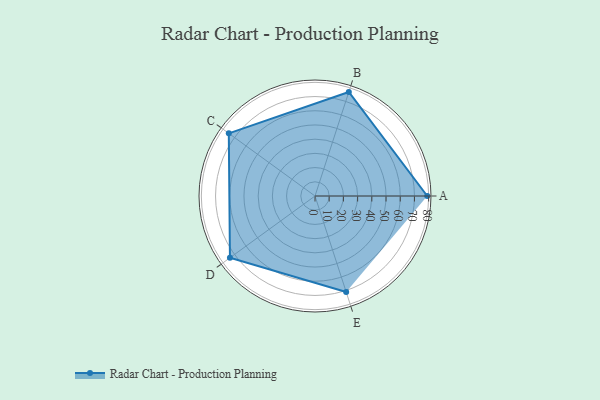
{"axis": {"x": "Skill", "y": "Score"}, "legend": ["Profile"], "data": [{"x": "A", "y": 79.0, "type": "Profile"}, {"x": "B", "y": 77.0, "type": "Profile"}, {"x": "C", "y": 75.0, "type": "Profile"}, {"x": "D", "y": 74.0, "type": "Profile"}, {"x": "E", "y": 71.0, "type": "Profile"}]}